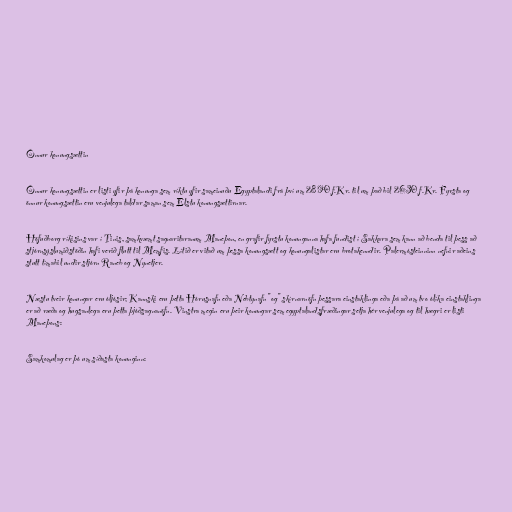
Önnur konungsættin

Önnur konungsættin er listi yfir þá konunga sem ríktu yfir sameinuðu Egyptalandi frá því um 2890 f.Kr. til um það bil 2630 f.Kr. Fyrsta og
önnur konungsættin eru venjulega taldar saman sem Elstu konungsættirnar.

Höfuðborg ríkisins var í Tinis, samkvæmt sagnaritaranum Maneþon, en grafir fyrstu konunganna hafa fundist í Sakkara sem kann að benda til þess að
stjórnsýslumiðstöðin hafi verið flutt til Memfis. Lítið er vitað um þessa konungsætt og konungalistar eru brotakenndir. Palermósteinninn nefnir aðeins
stutt tímabil undir stjórn Raneb og Nynetjer.

Næstu tveir konungar eru óljósir; Kannski eru þetta Hórusnafn eða Nebtynafn "og" skírnarnöfn þessara einstaklinga eða þá að um tvo ólíka einstaklinga
er að ræða og hugsanlega eru þetta þjóðsagnanöfn. Vinstra megin eru þeir konungar sem egyptalandsfræðingar setja hér venjulega og til hægri er listi
Maneþons:

Samkomulag er þó um síðasta konunginn: